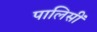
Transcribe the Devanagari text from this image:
पालिसीं